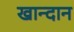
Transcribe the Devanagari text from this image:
खान्दान